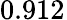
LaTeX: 0.912^{}